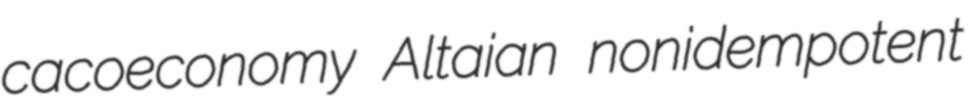
cacoeconomy Altaian nonidempotent